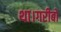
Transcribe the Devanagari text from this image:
था।गरीबों